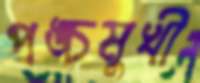
পঙ্চমুখী